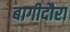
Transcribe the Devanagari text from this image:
बागीदौरा